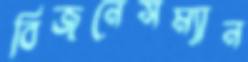
বিজনেসম্যান